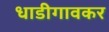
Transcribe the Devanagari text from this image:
धाडीगावकर